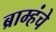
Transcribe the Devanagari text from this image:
ब्राम्हंचे